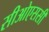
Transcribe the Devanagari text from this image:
सीओएससी